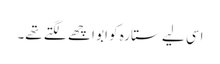
اسی لیے ستارہ کو ابو اچھے لگتے تھے۔